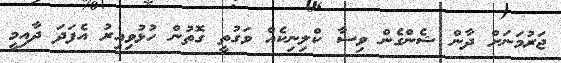
ޖަރުމަނަށް ދާން ޝެންގެން ވިސާ ކްލިނިކެއް ވަގުތީ ގޮތުން ހުޅުވިއިރު އެފަދަ ދާއިމީ